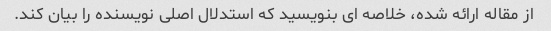
از مقاله ارائه شده، خلاصه ای بنویسید که استدلال اصلی نویسنده را بیان کند.